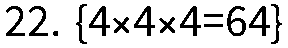
22. {4×4×4=64}